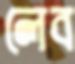
লেব